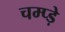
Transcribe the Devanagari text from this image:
चम्प्ड़े